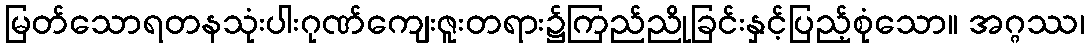
မြတ်သောရတနသုံးပါးဂုဏ်ကျေးဇူးတရား၌ကြည်ညိုခြင်းနှင့်ပြည့်စုံသော။ အဂ္ဂဿ၊